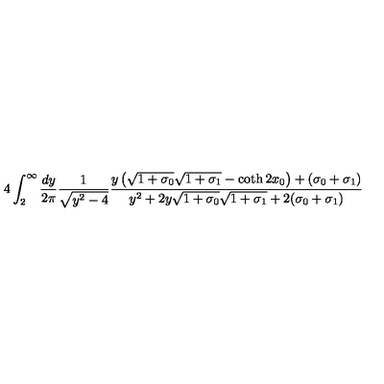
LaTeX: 4 \int _ { 2 } ^ { \infty } \frac { d y } { 2 \pi } \frac { 1 } { \sqrt { y ^ { 2 } - 4 } } \frac { y \left( \sqrt { 1 + \sigma _ { 0 } } \sqrt { 1 + \sigma _ { 1 } } - \coth 2 x _ { 0 } \right) + ( \sigma _ { 0 } + \sigma _ { 1 } ) } { y ^ { 2 } + 2 y \sqrt { 1 + \sigma _ { 0 } } \sqrt { 1 + \sigma _ { 1 } } + 2 ( \sigma _ { 0 } + \sigma _ { 1 } ) }